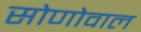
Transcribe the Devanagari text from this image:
सोणोवाल